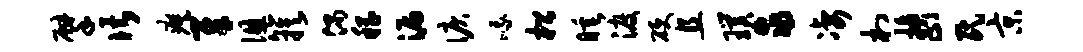
擘谌瘼犀徂簇偶稽漏泪峨松睡渡硬且璞求凄村换止民京